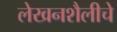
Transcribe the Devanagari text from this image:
लेखनशैलीचे